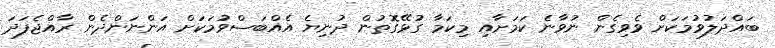
ބައްދަލުވުމަކަށް ވެވިގެން ނުވާނެ ކަމަށާއި މިކަމާ ގުޅޭގޮތުން ދުނިޔެ އެއްބަސްވުމަކަށް އަންނަންދެން ރާއްޖެފަދަ